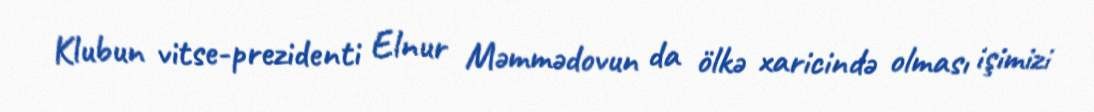
Klubun vitse-prezidenti Elnur Məmmədovun da ölkə xaricində olması işimizi